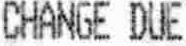
CHANGE DUE